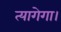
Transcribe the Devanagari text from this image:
त्यागेगा।